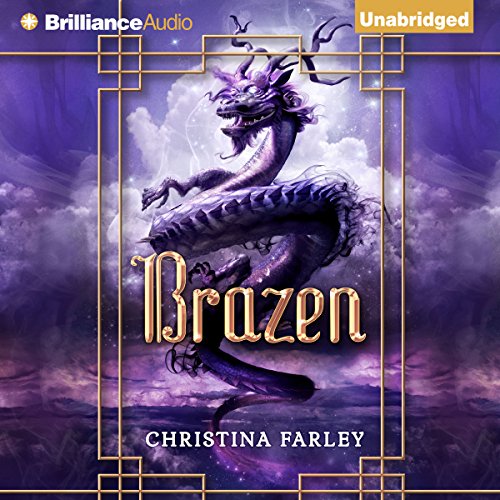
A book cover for Brazen: The Gilded Series, Book 3; Christina Farley; Science Fiction & Fantasy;